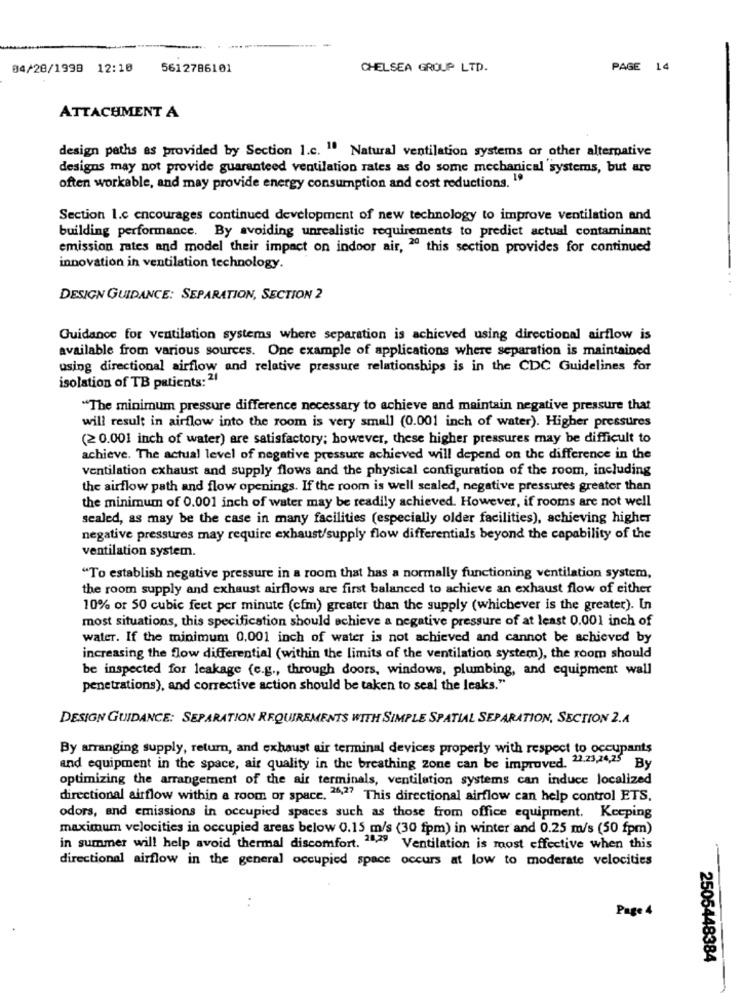
04/28/1999 12:10
5612786101
CHELSEA GROUP LTD.
PAGE 14
ATTACHMENT A
design paths as provided by Section 1.c. " Natural ventilation systems or other alternative
designs may not provide guaranteed ventilation rates as do some mechanical systems, but are
often workable, and may provide energy consumption and cost reductions. 19
Section 1.c encourages continued development of new technology to improve ventilation and
building performance. By avoiding unrealistic requirements to predict actual contaminant
emission rates and model their impact on indoor air, 20 this section provides for continued
innovation in ventilation technology.
DESIGN GUIDANCE: SEPARATION, SECTION 2
Guidance for ventilation systems where separation is achieved using directional airflow is
available from various sources. One example of applications where separation is maintained
using directional airflow and relative pressure relationships is in the CDC Guidelines for
isolation of TB patients: 21
"The minimum pressure difference necessary to achieve and maintain negative pressure that
will result in airflow into the room is very small (0.001 inch of water). Higher pressures
(2 0.001 inch of water) are satisfactory; however, these higher pressures may be difficult to
achieve. The actual level of negative pressure achieved will depend on the difference in the
ventilation exhaust and supply flows and the physical configuration of the room, including
the airflow path and flow openings. If the room is well sealed, negative pressures greater than
the minimum of 0.001 inch of water may be readily achieved. However, if rooms are not well
sealed, as may be the case in many facilities (especially older facilities), achieving higher
negative pressures may require exhaust/supply flow differentials beyond the capability of the
ventilation system.
"To establish negative pressure in a room that has a normally functioning ventilation system,
the room supply and exhaust airflows are first balanced to achieve an exhaust flow of either
10% or 50 cubic feet per minute (cfm) greater than the supply (whichever is the greater). In
most situations, this specification should achieve a negative pressure of at least 0.001 inch of
water. If the minimum 0,001 inch of water is not achieved and cannot be achieved by
increasing the flow differential (within the limits of the ventilation system), the room should
be inspected for leakage (e.g ., through doors, windows, plumbing, and equipment wall
penetrations), and corrective action should be taken to seal the leaks."
DESIGN GUIDANCE: SEPARATION REQUIREMENTS WITH SIMPLE SPATIAL SEPARATION, SECTION 2.A
By arranging supply, return, and exhaust air terminal devices properly with respect to occupants
and equipment in the space, air quality in the breathing zone can be improved. 2.2.23,24,25 By
optimizing the arrangement of the air terminals, ventilation systems can induce localized
directional airflow within a room or space, 26,27 This directional airflow can help control ETS.
odors, and emissions in occupied spaces such as those from office equipment. Keeping
maximum velocities in occupied areas below 0.15 m/s (30 fpm) in winter and 0.25 m/s (50 fpm)
in summer will help avoid thermal discomfort. 24/79 Ventilation is most effective when this
directional airflow in the general occupied space occurs at low to moderate velocities
Page 4
2505448384